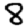
Digit: 8